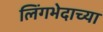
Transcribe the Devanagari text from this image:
लिंगभेदाच्या